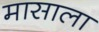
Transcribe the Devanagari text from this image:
मासाला